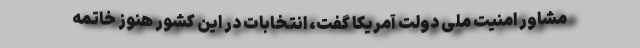
مشاور امنیت ملی دولت آمریکا گفت، انتخابات در این کشور هنوز خاتمه